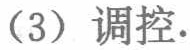
（3）调控.